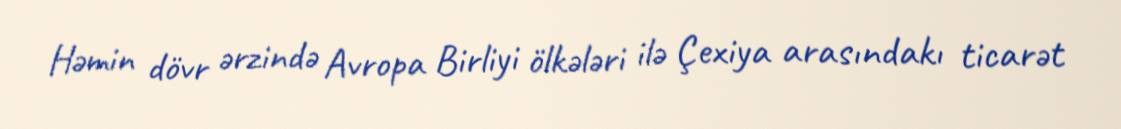
Həmin dövr ərzində Avropa Birliyi ölkələri ilə Çexiya arasındakı ticarət